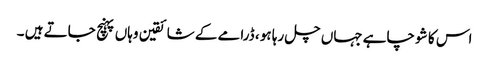
اس کا شو چاہے جہاں چل رہا ہو ، ڈرامے کے شائقین وہاں پہنچ جاتے ہیں ۔